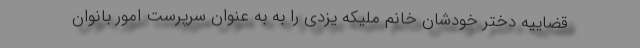
قضاییه دختر خودشان خانم ملیکه یزدی را به به عنوان سرپرست امور بانوان